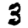
Digit: 3